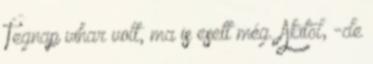
Tegnap vihar volt, ma is esett még. Akitől, -de